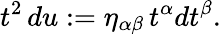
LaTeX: t^{2}\, du:=\eta_{\alpha\beta}\, t^{\alpha}dt^{\beta}.